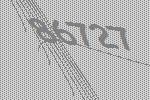
86727